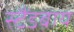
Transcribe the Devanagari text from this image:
स्टैंडबाय